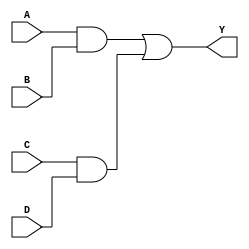
module SOP_Logic (
    input wire A,  // Input variable A
    input wire B,  // Input variable B
    input wire C,  // Input variable C
    input wire D,  // Input variable D
    output wire Y  // Output Y based on the SOP expression
);

// Intermediate wires for product terms
wire AB;  // A AND B
wire CD;  // C AND D

// AND gates for product terms
assign AB = A & B;  // Product term A * B
assign CD = C & D;  // Product term C * D

// OR gate for final output
assign Y = AB | CD;  // Sum of products

endmodule